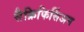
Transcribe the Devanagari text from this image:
सैक्रिफिसिंअम